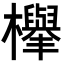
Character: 𣟱